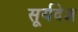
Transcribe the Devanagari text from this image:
सूर्यदेश